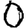
Digit: 0